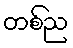
တစ်ည